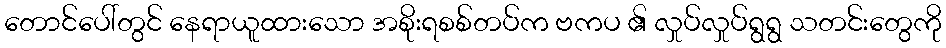
တောင်ပေါ်တွင် နေရာယူထားသော အစိုးရစစ်တပ်က ဗကပ ၏ လှုပ်လှုပ်ရွရွ သတင်းတွေကို